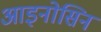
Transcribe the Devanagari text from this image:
आइनोसिन